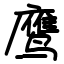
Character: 鹰